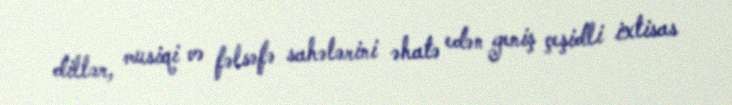
dillər, musiqi və fəlsəfə sahələrini əhatə edən geniş çeşidli ixtisas